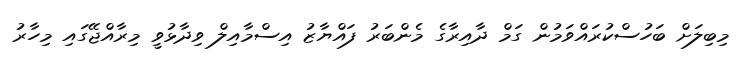
މިބިލަށް ބަހުސްކުރައްވަމުން ގަމް ދާއިރާގެ މެންބަރު ފައްޔާޒު އިސްމާއިލް ވިދާޅުވީ މިރާއްޖޭގައި މިހާރު